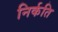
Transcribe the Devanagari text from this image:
निर्कति